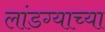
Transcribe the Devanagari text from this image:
लांडग्याच्या